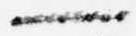
一